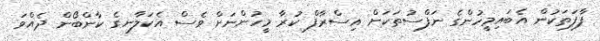
ފާފަތަކުން އެބައިމީހުންގެ ނަފްސުތަކަށް އިސްރާފް ކުރާ މީހުންނަށް ވެސް އެކަލާނގެ ކާންބޯން ދެއްވަ